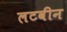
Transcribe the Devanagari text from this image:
लटवीन